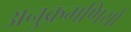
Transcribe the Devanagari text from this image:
अनुक्रमणियों